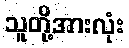
သူတို့အားလုံး